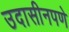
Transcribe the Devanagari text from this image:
उदासीनपणे